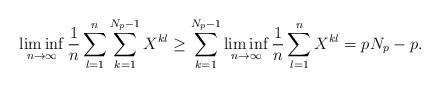
LaTeX: \begin{align*}\liminf_{n\to\infty}\frac{1}{n}\sum_{l=1}^{n}\sum_{k=1}^{N_{p}-1}X^{kl}\geq\sum_{k=1}^{N_{p}-1}\liminf_{n\to\infty}\frac{1}{n}\sum_{l=1}^{n}X^{kl}=pN_p-p.\end{align*}